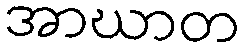
အာဃာတ